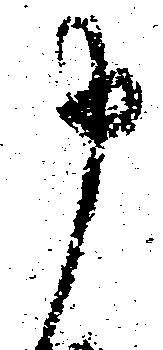
申